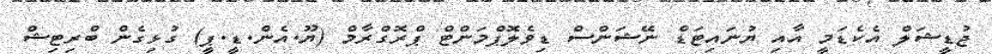
ޖުޑީޝަލް އެކެޑަމީ އާއި ޔުނައިޓަޑް ނޭޝަންސް ޑިވެލޮޕްމަންޓް ޕްރޮގްރާމް (ޔޫ.އެން.ޑީ.ޕީ) ގުޅިގެން ބްރިޓިޝް